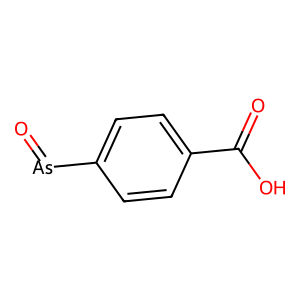
SMILES: O=[As]c1ccc(C(=O)O)cc1
Inhibits HIV replication: No